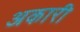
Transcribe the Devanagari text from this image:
अकारी